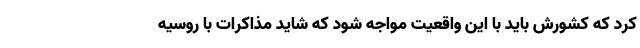
کرد که کشورش باید با این واقعیت مواجه شود که شاید مذاکرات با روسیه